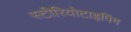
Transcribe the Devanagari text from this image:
स्टीरियोटाइपिंग